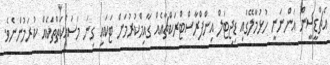
އެޗްޑީސީން އަންނަނީ ހުޅުމާލޭގައި ޑިޖިޓަލް އިންފްރާސްޓްރަކްޗާއެއް ގާއިމްކުރުމަށް ޓަކައި ގިނަ މަސައްކަތްތަކެއް ކުރަމުންނެވެ.